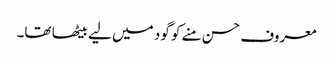
معروف حسن منے کو گود میں لیے بیٹھا تھا۔